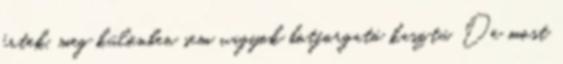
értek, meg különben sem vagyok botforgató kasztú. De most